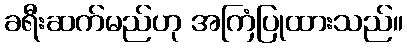
ခရီးဆက်မည်ဟု အကြံပြုထားသည်။